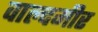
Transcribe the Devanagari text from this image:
वाल्दमीर